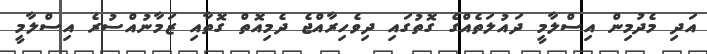
އަދި މެދުމިން އިސްލާމީ ދައުލަތެއްގެ ގޮތުގައި ދިވެހިރާއްޖެ ދެމިއޮތް ގޮތާއި ޒަމާނުއްސުރެ އިސްލާމީ